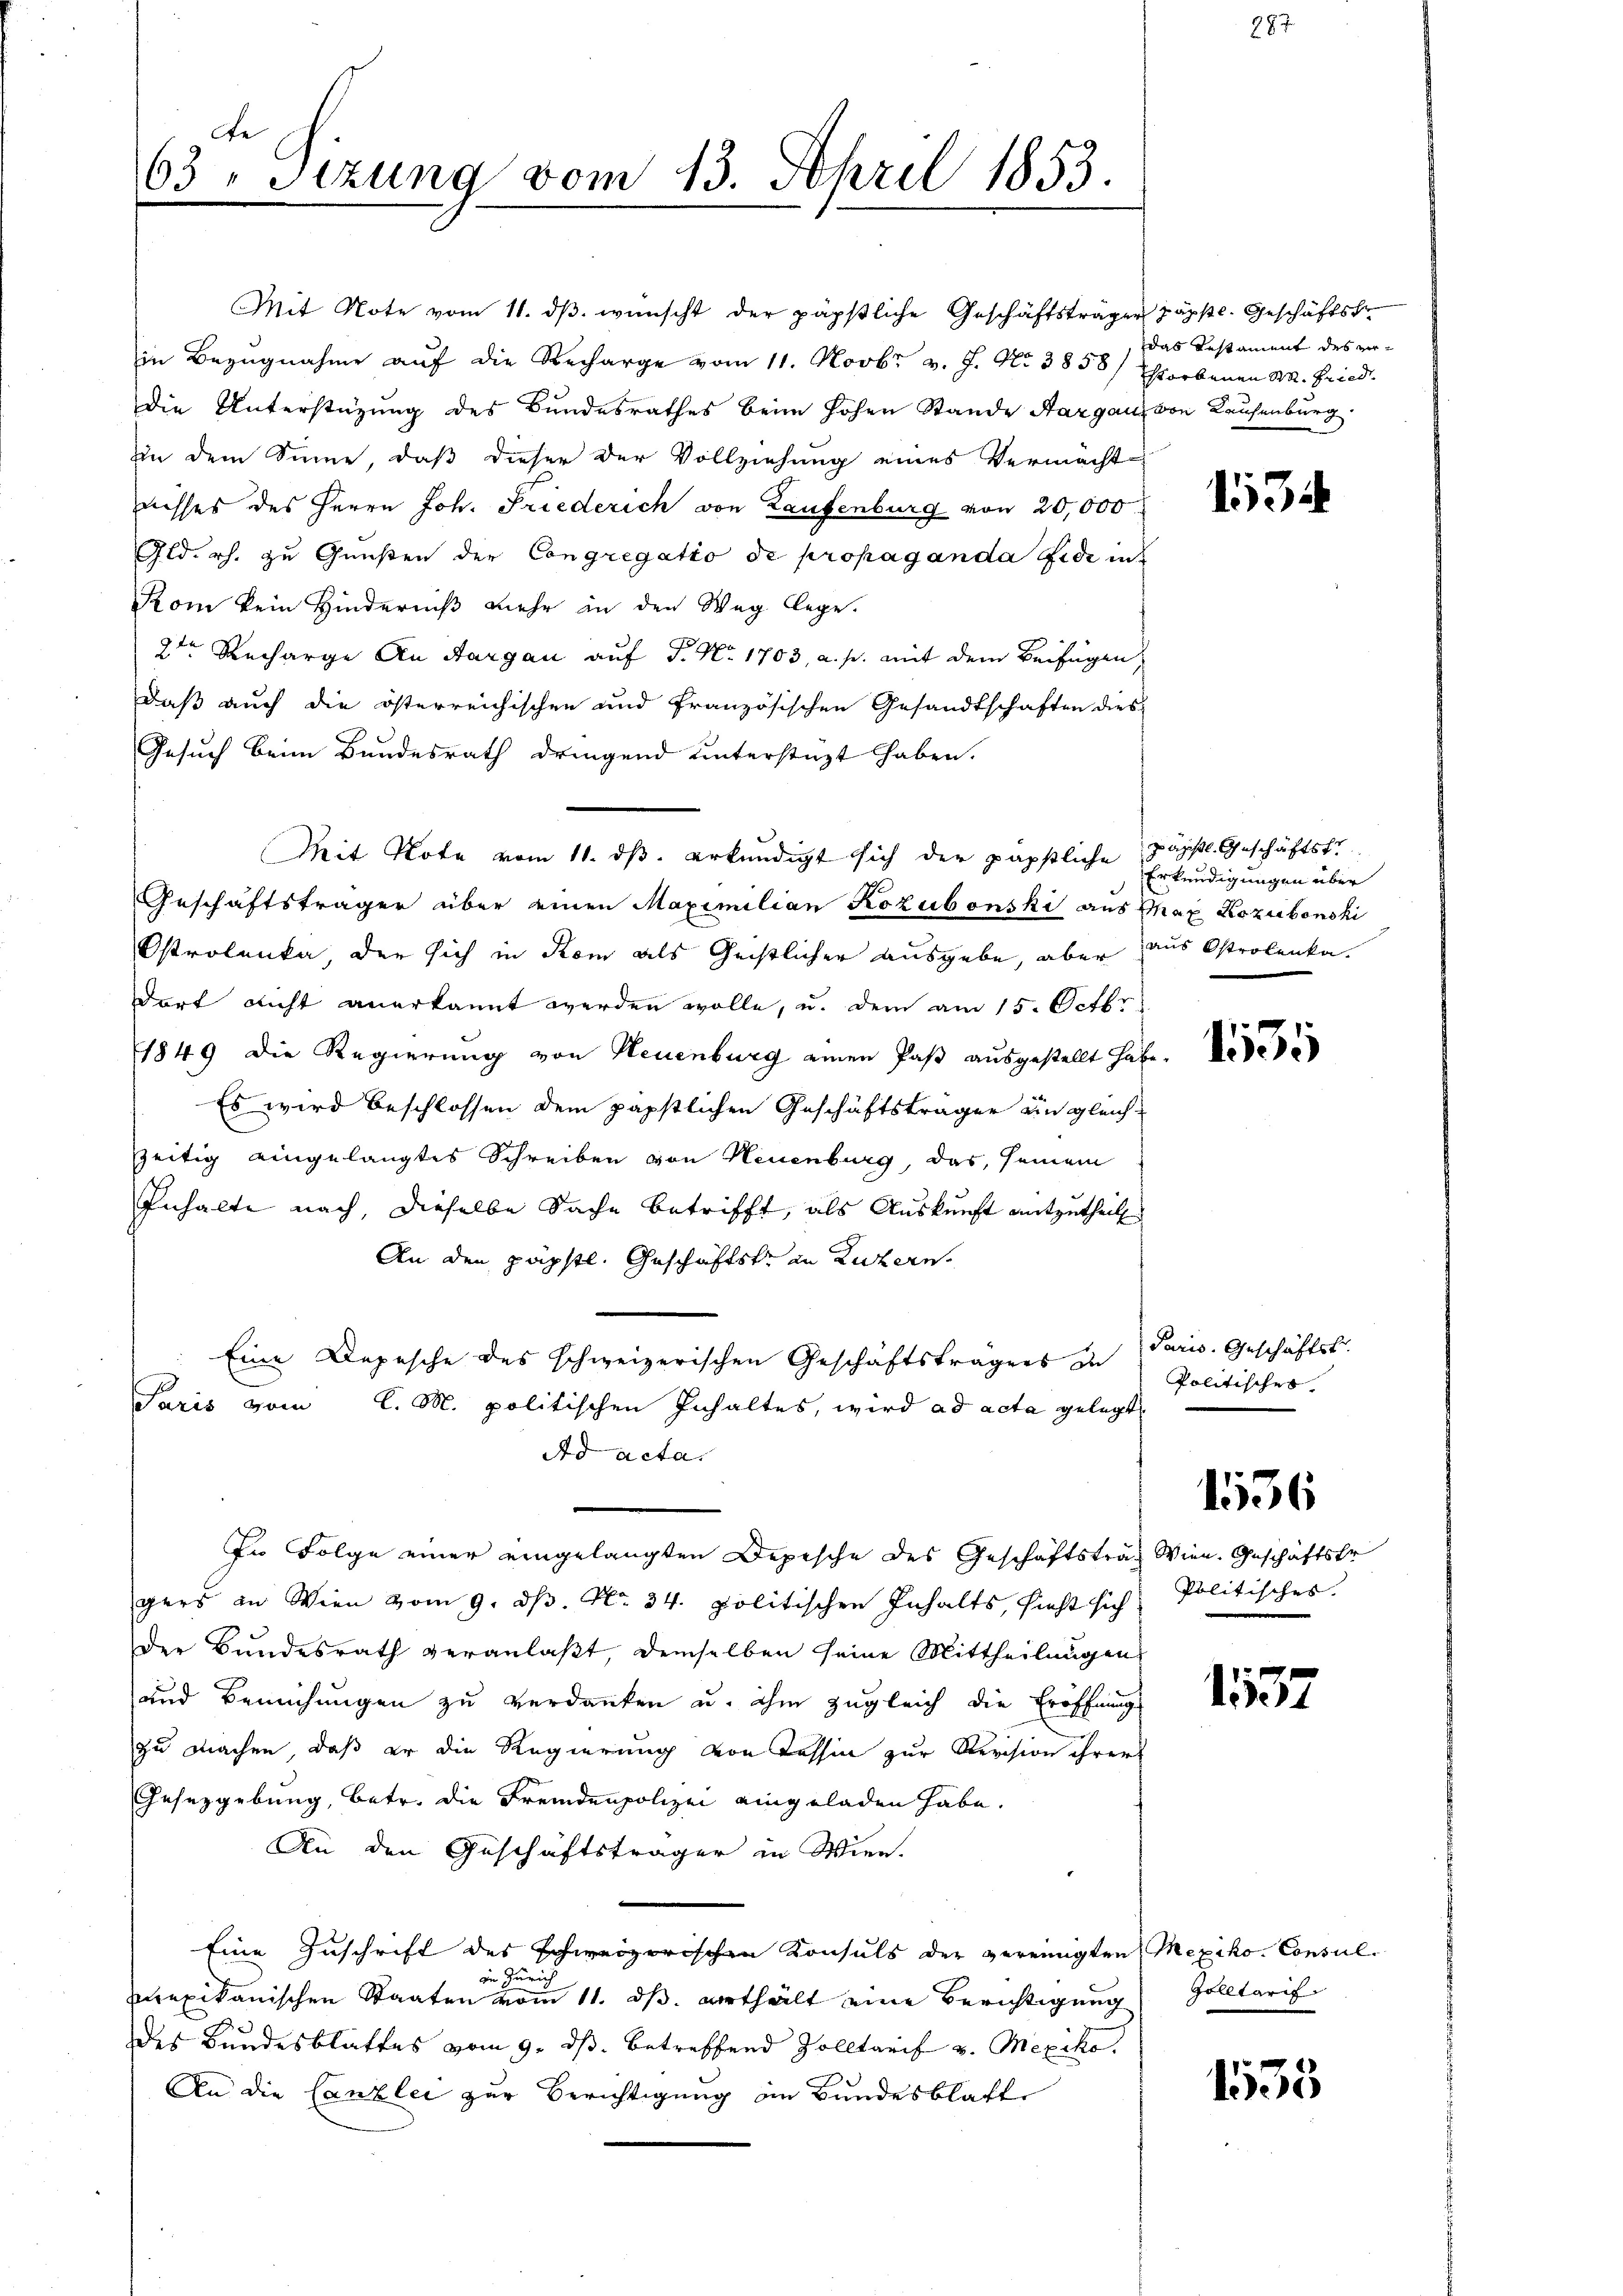
e
63. Sizung vom 13. April 1853.

Mit Note vom 11. dβ. wünscht der päpstliche Geschäftsträger Jäppl. Geschäftstr
in Bezugnahme auf die Recharge vom 11. Novbr v. J. No 3858/ Estorbenen M. Fried.
Die Unterstüzung des Bundesrathes beim hohen Stande Aargau von Kaufenburg.
In dem Sinne, daß dieser der Vollziehung eines Vermächt
nisses des Herrn Joh. Friederich von Laufenburg von 20,000.
Gld. rh. zu Gunsten der Congregatio de propaganda fide in
Kom kein Hinderniß mehr in den Weg lege.
2ten Recharge An Aargau auf S. Nr. 1703, a. p. mit dem Beifügen,
daß auch die österreichischen und französischen Gesandtschaften dies
Gesuch beim Bundesrath dringend unterstüzt haben.
Geschäftsträger über einen Maximilian Kozubonski aus Max Rozubonski
Ostrolenka der sich in Rom als Geistlicher ausgebe, aber aus Ostrolenka
dort nicht anerkannt werden wolle, u. dem am 15. Octbr.
1849 die Regierung von Neuenburg einen Paß ausgestellt habe.
Es wird beschlossen dem päpstlichen Geschäftsträger an gleich-
zeitig eingelangtes Schreiben von Neuenburg, das seinem
Inhalte nach, dieselbe Sache betrifft, als Auskunft mitzutheil
An den päpstl. Geschäftste in Luzern
Eine Depesche des schweizerischen Geschäftsträgers in Paris. Geschäftst
Paris vom C. M. politischen Inhaltes, wird ad acta gelegt
Ad acta.
In Folge einer eingelangten Depesche des Geschäftstraf Wien. Geschäftsfr.
gers an Wien vom 9. ds. No. 34. politischen Inhalts, hieht sich Politisches.
Der Bŭndesrath veranlaβt, demselben seine Mittheilungen
und Bemühungen zu verdanken u. ihm zugleich die Eröffnungs
zu machen, daß er die Regierung von Tessin zur Revision ihrers
Gesetzgebung, betr. die Fremdenpolizei eingeladen habe.
An den Geschäftsträger in Wien.
e
Eine Zuschrift des schweizerischen Konsuls der vereinigten Mexiko. Consulin Zürich
exikanischen Staaten vom 11. ds. erthält eine Berichtigung
des Bundesblattes vom 9. ds. betreffend Zolltarif v. Mexiko
An die Canzlei zur Berichtigung im Bundesblatt

Mit Note vom 11. ds. erkundigt sich der päpstliche

das Restament des ver¬

134

päpstl. Geschäftstr
Erkundigungen über

1535

Politisches

1156

1537

Zolltari

1535